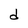
Character: d